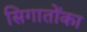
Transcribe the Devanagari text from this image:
सिगातोंका